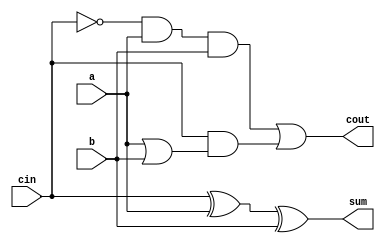
`timescale 1ns / 1ps

module full_add(sum,cout,a,b,cin);
	output sum,cout;
   input a,b,cin;
	
	assign sum = cin ^ a ^ b;
	assign cout = ~cin & a & b | cin & (a | b );

endmodule